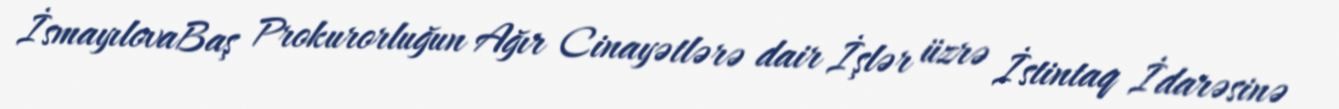
İsmayılovaBaş Prokurorluğun Ağır Cinayətlərə dair İşlər üzrə İstintaq İdarəsinə